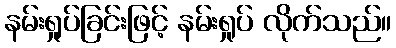
နမ်းရှုပ်ခြင်းဖြင့် နမ်းရှုပ် လိုက်သည်။